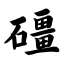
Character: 礓